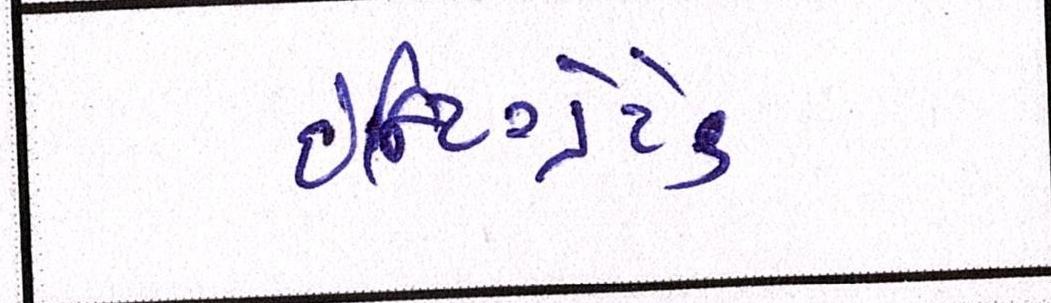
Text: ઇન્ટિગ્રેટેડ